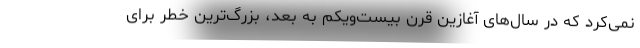
نمی‌کرد که در سال‌های آغازین قرن بیست‌ویکم به بعد، بزرگ‌ترین خطر برای